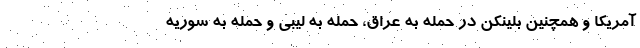
آمریکا و همچنین بلینکن در حمله به عراق، حمله به لیبی و حمله به سوریه